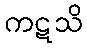
ကဋသိ